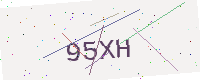
Text: 95XH